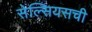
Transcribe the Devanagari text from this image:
सेल्सियसची